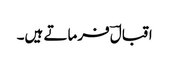
اقبالؔ فرماتے ہیں۔